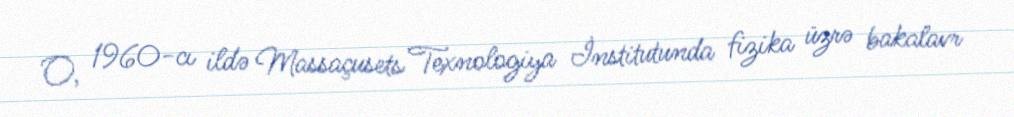
O, 1960-cı ildə Massaçusets Texnologiya İnstitutunda fizika üzrə bakalavr